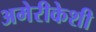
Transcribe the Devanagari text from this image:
अमेरीकेशी